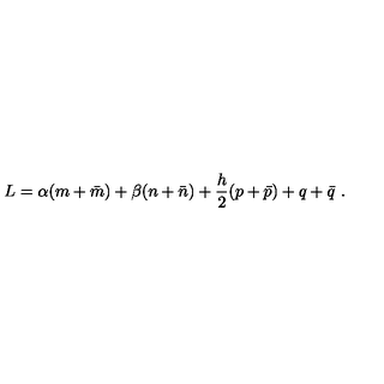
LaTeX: L = \alpha ( m + \bar { m } ) + \beta ( n + \bar { n } ) + \frac { h } { 2 } ( p + \bar { p } ) + q + \bar { q } \ .